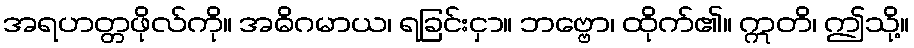
အရဟတ္တဖိုလ်ကို။ အဓိဂမာယ၊ ရခြင်းငှာ။ ဘဗ္ဗော၊ ထိုက်၏။ ဣတိ၊ ဤသို့။